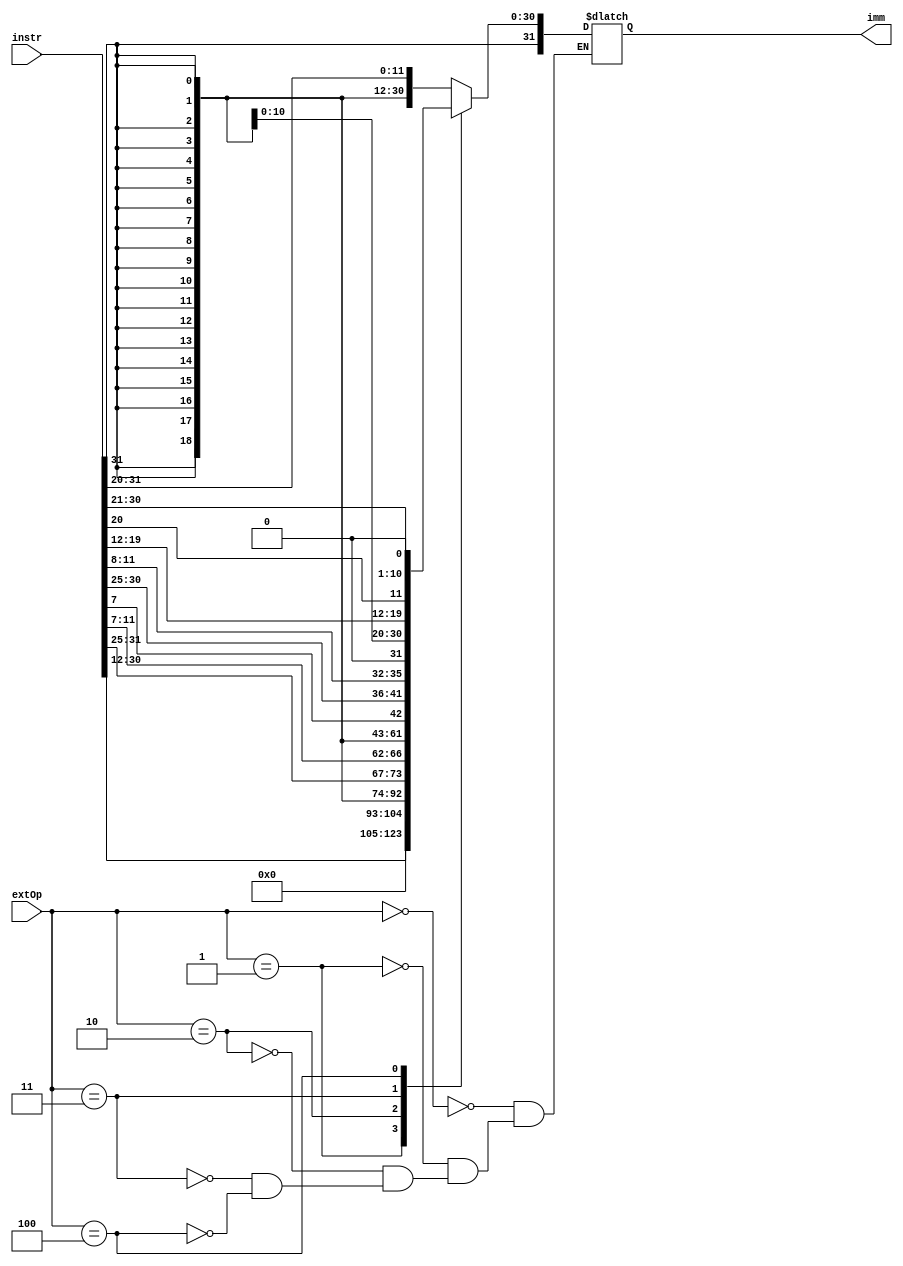
module immgen(
	input [2:0] extOp,
	input [31:0] instr,
	output reg [31:0] imm
	);
	
	wire[31:0] immI, immU, immS, immB, immJ;
	
	assign immI = {{20{instr[31]}}, instr[31:20]};
	assign immU = {instr[31:12], 12'b0};
	assign immS = {{20{instr[31]}}, instr[31:25], instr[11:7]};
	assign immB = {{20{instr[31]}}, instr[7], instr[30:25], instr[11:8], 1'b0};
	assign immJ = {{12{instr[31]}}, instr[19:12], instr[20], instr[30:21], 1'b0};

	always @ (*) begin
		case (extOp)
			3'b000: imm = immI;
			3'b001: imm = immU;
			3'b010: imm = immS;
			3'b011: imm = immB;
			3'b100: imm = immJ;
		endcase
	end
	
endmodule